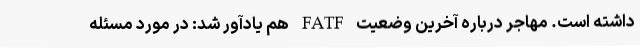
داشته است. مهاجر درباره آخرین وضعیت FATF هم یادآور شد: در مورد مسئله